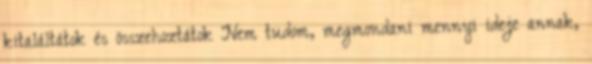
kitaláltátok és összehoztátok Nem tudom, megmondani mennyi ideje annak,